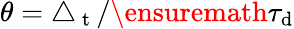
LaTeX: \theta=\triangle_{\mathrm{~t~}}/\ensuremath{\tau_{\mathrm{d}}}